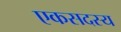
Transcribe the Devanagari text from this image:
एकसदस्य